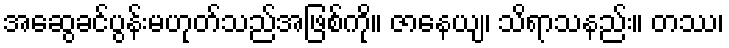
အဆွေခင်ပွန်းမဟုတ်သည်အဖြစ်ကို။ ဇာနေယျ၊ သိရာသနည်း။ တဿ၊